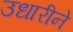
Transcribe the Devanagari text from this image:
उधारीने